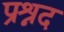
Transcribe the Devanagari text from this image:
प्रश्नद